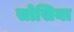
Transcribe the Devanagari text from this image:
सोसिया